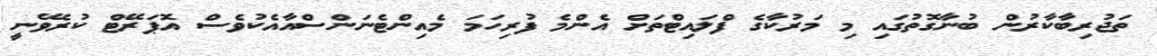
ތަޖުރިބާކާރުން ބުނާގޮތުގައި މި މަރުކާގެ ފްލައިޓްތަށް އެންމެ ފުރިހަމަ މެއިންޓެނަންސްއާއެކުވެސް އޮޕަރޭޓް ކުރެވޭނީ